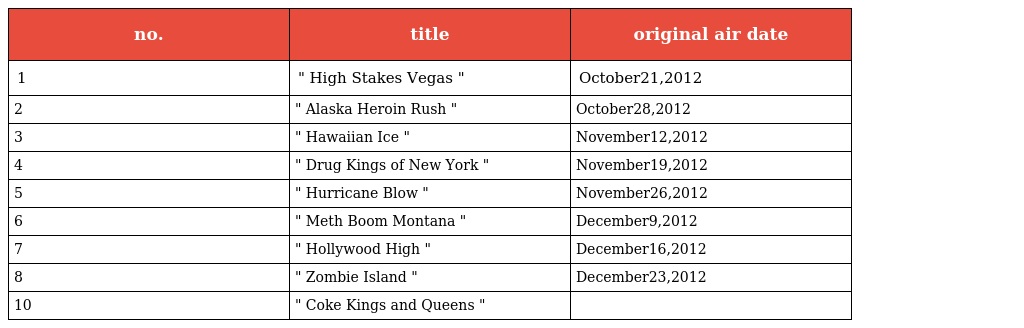
| no. | title | original air date |
 | --- | --- | --- |
 | 1 | " High Stakes Vegas " | October21,2012 |
 | 2 | " Alaska Heroin Rush " | October28,2012 |
 | 3 | " Hawaiian Ice " | November12,2012 |
 | 4 | " Drug Kings of New York " | November19,2012 |
 | 5 | " Hurricane Blow " | November26,2012 |
 | 6 | " Meth Boom Montana " | December9,2012 |
 | 7 | " Hollywood High " | December16,2012 |
 | 8 | " Zombie Island " | December23,2012 |
 | 10 | " Coke Kings and Queens " |  |